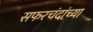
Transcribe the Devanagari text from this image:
सफरचंदांच्या